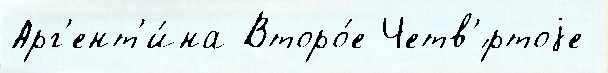
Арг'ент'и́на Второ́е Четв'́ртоjе